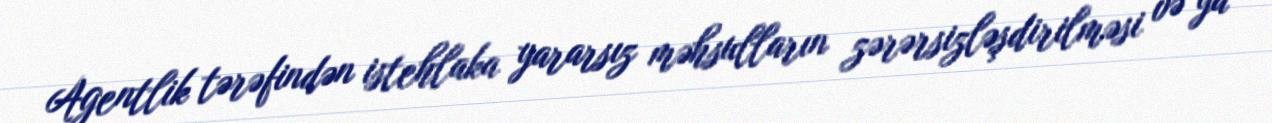
Agentlik tərəfindən istehlaka yararsız məhsulların zərərsizləşdirilməsi və ya